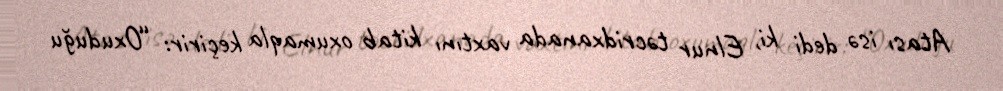
Atası isə dedi ki, Elnur təcridxanada vaxtını kitab oxumaqla keçirir: “Oxuduğu